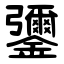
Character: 䥸